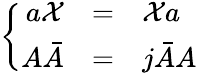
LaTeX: \left\{ \begin{array}{rcl}{{a{\cal X}}}&{{=}}&{{{\cal X}a}}\\ {{A\bar{A}}}&{{=}}&{{j\bar{A}A}}\end{array}\right.